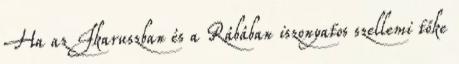
Ha az Ikaruszban és a Rábában iszonyatos szellemi tőke